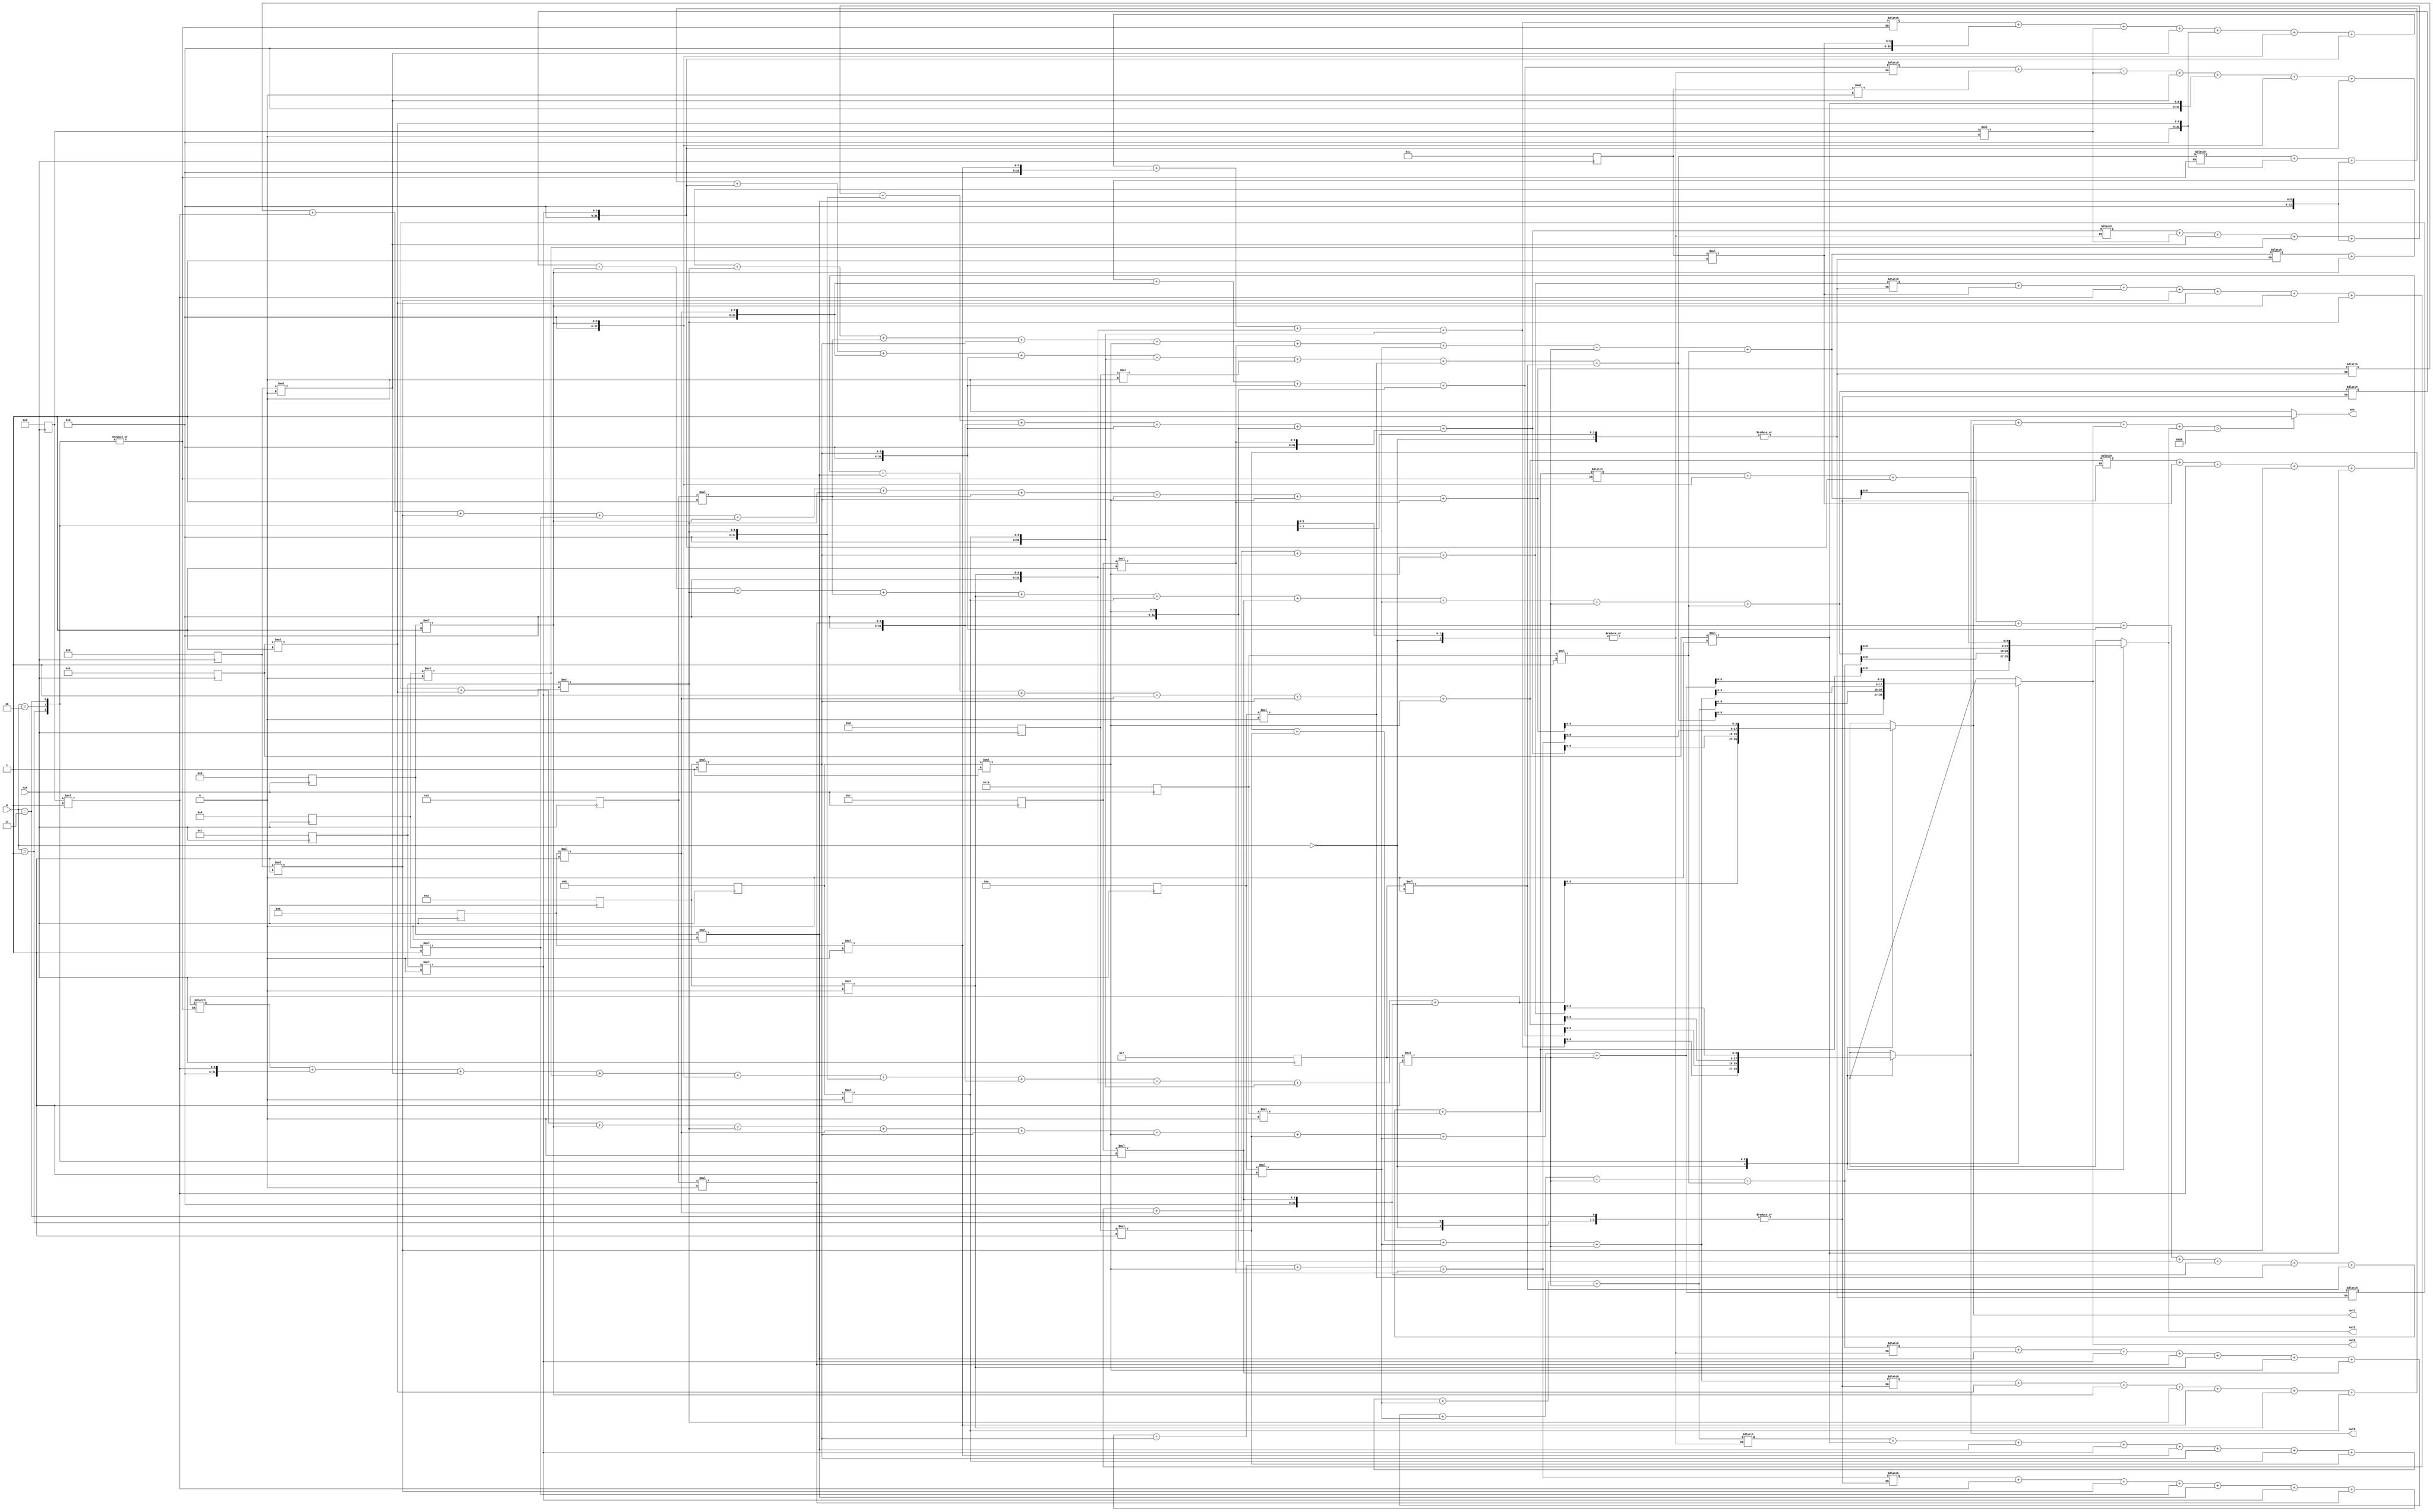
module convolution(
    output [8:0]out0,
    output [8:0]out1,
    output [8:0]out2,
    output [8:0]out3,
    output ans,
	 input [1:0]m,
	 input rst
    );
	integer i,j,k,c,b,a,z;
	integer sum0 = 0;
	integer sum1 = 0;
	integer sum2= 0;
	integer sum3 = 0;
	integer sum4 = 0;
	integer sum5 = 0;
	integer sum6= 0;
	integer sum7 = 0;
	integer sum8 = 0;
	integer sum9 = 0;
	integer sum10= 0;
	integer sum11= 0;
	integer sum12 = 0;
	integer sum13 = 0;
	integer sum14= 0;
	integer sum15 = 0;
	integer sum_all = 0;
	reg [1:9]k0 = 9'b100110000;
	reg [1:9]k1 = 9'b000010111;
	reg [1:9]k2 = 9'b111000111;
	reg [1:9]k3 = 9'b111111111;
	reg [4:0]in_arr[15:0];
	reg [8:0]out0 = 9'd0;
	reg [8:0]out1 = 9'd0;
	reg [8:0]out2 = 9'd0;
	reg [8:0]out3 = 9'd0;
	reg ans;
	always@(posedge rst)begin
		for(i=0;i<16;i=i+1)begin
			in_arr[i] <= i+1;
		end
	end
	
	always@(*)begin
		case(m)
			2'b0:begin
				c=0;
				b=0;
				a=0;
				z=0;
				for(j=0;j<9;j=j+4)begin
					for(k=0;k<3;k=k+1)begin
						c = c+1;
						sum0 = sum0 +(in_arr[k+j]*k0[c]);
					end
				end
				for(j=0;j<9;j=j+4)begin
					for(k=1;k<4;k=k+1)begin
						b = b+1;
						sum1 = sum1 +(in_arr[k+j]*k0[b]);
					end
				end
				for(j=0;j<9;j=j+4)begin
					for(k=4;k<7;k=k+1)begin
						a = a+1;
						sum2 = sum2 +(in_arr[k+j]*k0[a]);
					end
				end
				for(j=0;j<9;j=j+4)begin
					for(k=5;k<8;k=k+1)begin
						z = z+1;
						sum3 = sum3 +(in_arr[k+j]*k0[z]);
					end
				end
				out0 = sum0;
				out1 = sum1;
				out2 = sum2;
				out3 = sum3;
			end
			
			2'b01:begin
				c=0;
				b=0;
				a=0;
				z=0;
				for(j=0;j<9;j=j+4)begin
					for(k=0;k<3;k=k+1)begin
						c = c+1;
						sum4 = sum4 +(in_arr[k+j]*k1[c]);
					end
				end
				for(j=0;j<9;j=j+4)begin
					for(k=1;k<4;k=k+1)begin
						b = b+1;
						sum5 = sum5 +(in_arr[k+j]*k1[b]);
					end
				end
				for(j=0;j<9;j=j+4)begin
					for(k=4;k<7;k=k+1)begin
						a = a+1;
						sum6 = sum6 +(in_arr[k+j]*k1[a]);
					end
				end
				for(j=0;j<9;j=j+4)begin
					for(k=5;k<8;k=k+1)begin
						z = z+1;
						sum7 = sum7 +(in_arr[k+j]*k1[z]);
					end
				end
				out0 = sum4;
				out1 = sum5;
				out2 = sum6;
				out3 = sum7;
			end
			
			2'b10:begin
				c=0;
				b=0;
				a=0;
				z=0;
				for(j=0;j<9;j=j+4)begin
					for(k=0;k<3;k=k+1)begin
						c = c+1;
						sum8 = sum8 +(in_arr[k+j]*k2[c]);
					end
				end
				for(j=0;j<9;j=j+4)begin
					for(k=1;k<4;k=k+1)begin
						b = b+1;
						sum9 = sum9 +(in_arr[k+j]*k2[b]);
					end
				end
				for(j=0;j<9;j=j+4)begin
					for(k=4;k<7;k=k+1)begin
						a = a+1;
						sum10 = sum10 +(in_arr[k+j]*k2[a]);
					end
				end
				for(j=0;j<9;j=j+4)begin
					for(k=5;k<8;k=k+1)begin
						z = z+1;
						sum11 = sum11 +(in_arr[k+j]*k2[z]);
					end
				end
				out0 = sum8;
				out1 = sum9;
				out2 = sum10;
				out3 = sum11;
			end
			
			2'b11:begin
				c=0;
				b=0;
				a=0;
				z=0;
				for(j=0;j<9;j=j+4)begin
					for(k=0;k<3;k=k+1)begin
						c = c+1;
						sum12 = sum12 +(in_arr[k+j]*k3[c]);
					end
				end
				for(j=0;j<9;j=j+4)begin
					for(k=1;k<4;k=k+1)begin
						b = b+1;
						sum13 = sum13 +(in_arr[k+j]*k3[b]);
					end
				end
				for(j=0;j<9;j=j+4)begin
					for(k=4;k<7;k=k+1)begin
						a = a+1;
						sum14 = sum14 +(in_arr[k+j]*k3[a]);
					end
				end
				for(j=0;j<9;j=j+4)begin
					for(k=5;k<8;k=k+1)begin
						z = z+1;
						sum15 = sum15 +(in_arr[k+j]*k3[z]);
					end
				end
				out0 = sum12;
				out1 = sum13;
				out2 = sum14;
				out3 = sum15;
			end
		endcase
		sum_all = out0+out1+out2+out3;
		if(sum_all>40)
			ans = 1;
		else
			ans = 0;
	end
	
					










endmodule